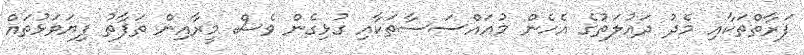
ފަރާތްތަކާއި މެދު ދައުލަތުގެ އެހެން މުއައްސަސާތަކާއި ގުޅިގެން ވެސް މީރާއިން ތަފާތު ފިޔަވަޅުތައް